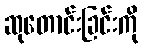
ဆုတောင်းခြင်းကို